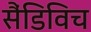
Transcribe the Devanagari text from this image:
सैंडिविच